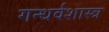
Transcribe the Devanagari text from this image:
गन्धर्वशास्त्र